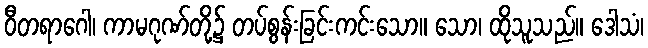
ဝီတရာဂေါ၊ ကာမဂုဏ်တို့၌ တပ်စွန်းခြင်းကင်းသော။ သော၊ ထိုသူသည်။ ဒေါသံ၊